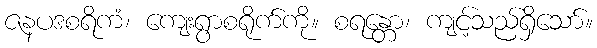
ဇနပဒစရိကံ၊ ကျေးရွာစရိုက်ကို။ စရန္တော၊ ကျင့်သည်ရှိသော်။